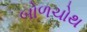
બોળચોથ